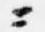
ニ